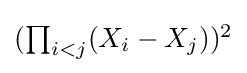
\textstyle (\prod _{i<j}(X_{i}-X_{j}))^{2}